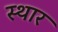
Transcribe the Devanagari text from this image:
स्थार